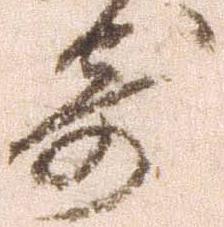
寄